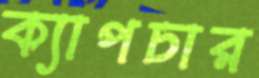
ক্যাপচার